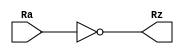
module not_32_bit(
    input wire [31:0]Ra,
    output wire [31:0]Rz
);
	assign Rz = ~Ra;
	
endmodule